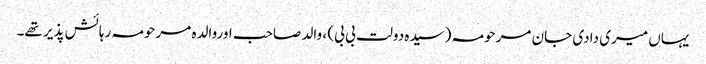
یہاں میری دادی جان مرحومہ (سیدہ دولت بی بی) ، والد صاحب اوروالدہ مرحومہ رہائش پذیر تھے۔